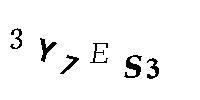
3Y7ES3